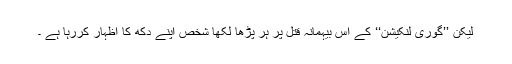
لیکن ’’گوری لنکیشن‘‘ کے اس بیہمانہ قتل پر ہر پڑھا لکھا شخص اپنے دکھ کا اظہار کررہا ہے ۔